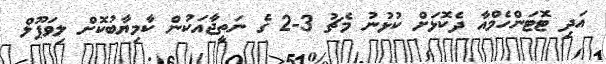
އަދި ޓޮޓަންހެމްއާ ދެކޮޅަށް ކުޅުނު މެޗު 3-2 ގެ ނަތީޖާއަކުން ކާމިޔާބުކޮށް ލިވަޕޫލް